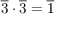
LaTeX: { \overline { { 3 } } } \cdot { \overline { { 3 } } } = { \overline { { 1 } } }